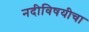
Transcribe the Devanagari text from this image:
नदीविषयीचा